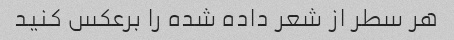
هر سطر از شعر داده شده را برعکس کنید